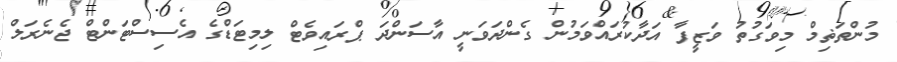
މުންތަޡިމް މިވަގުތު ވަޒީފާ އަދާކުރައްވަމުން ގެންދަވަނީ އާސަންދަ ޕްރައިވެޓް ލިމިޓަޑްގެ އެސިސްޓަންޓް ޖެނެރަލް